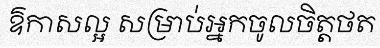
ឱកាសល្អ សម្រាប់អ្នកចូលចិត្តថត